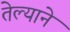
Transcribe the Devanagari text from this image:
तेल्याने